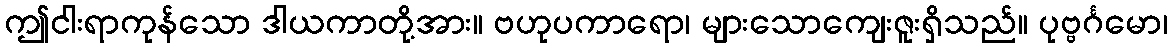
ဤငါးရာကုန်သော ဒါယကာတို့အား။ ဗဟုပကာရော၊ များသောကျေးဇူးရှိသည်။ ပုဗ္ဗင်္ဂမော၊